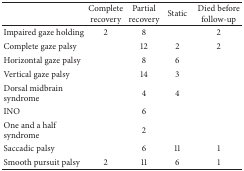
<table><thead><tr><td><b> </b></td><td><b>Complete recovery</b></td><td><b>Partial recovery</b></td><td><b>Static</b></td><td><b>Died before follow-up</b></td></tr></thead><tbody><tr><td>Impaired gaze holding</td><td>2</td><td>8</td><td> </td><td>2</td></tr><tr><td>Complete gaze palsy</td><td> </td><td>12</td><td>2</td><td>2</td></tr><tr><td>Horizontal gaze palsy</td><td> </td><td>8</td><td>6</td><td> </td></tr><tr><td>Vertical gaze palsy</td><td> </td><td>14</td><td>3</td><td> </td></tr><tr><td>Dorsal midbrain syndrome</td><td> </td><td>4</td><td>4</td><td> </td></tr><tr><td>INO</td><td> </td><td>6</td><td> </td><td> </td></tr><tr><td>One and a half syndrome</td><td> </td><td>2</td><td> </td><td> </td></tr><tr><td>Saccadic palsy</td><td> </td><td>6</td><td>11</td><td>1</td></tr><tr><td>Smooth pursuit palsy</td><td>2</td><td>11</td><td>6</td><td>1</td></tr></tbody></table>